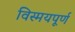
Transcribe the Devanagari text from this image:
विस्मयपूर्ण